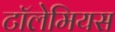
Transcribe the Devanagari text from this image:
टॉलेमियस